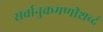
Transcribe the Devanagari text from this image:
सर्वानुक्रमणीशब्दं